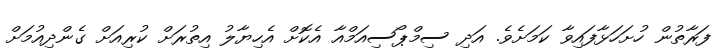
ފަރާތުން ހުށަހަޅާފައިވާ ކަމަށެވެ. އަދި ސިމްޕޯސިއަމްއާ އެކޮށް އެހިޔާލު އިތުރަށް ކުރިއަށް ގެންދިއުމަށް